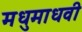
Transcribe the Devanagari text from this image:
मधुमाधवी